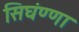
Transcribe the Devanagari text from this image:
सिघंण्णा